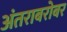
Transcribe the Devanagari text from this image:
अंतराबरोबर